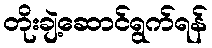
တိုးချဲ့ဆောင်ရွက်ရန်